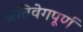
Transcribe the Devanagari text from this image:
अतिवेगपूर्ण